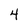
Character: 4